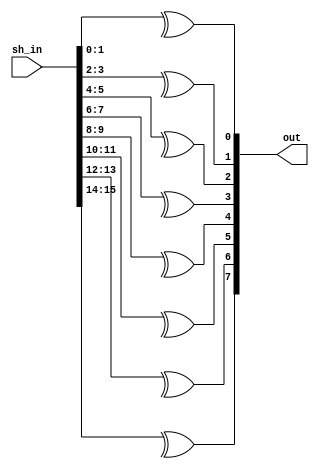
// SPDX-FileCopyrightText: SIMPLE-Crypto Contributors <info@simple-crypto.dev>
// SPDX-License-Identifier: CERN-OHL-P-2.0
// Copyright SIMPLE-Crypto Contributors.
// This source describes Open Hardware and is licensed under the CERN-OHL-P v2.
// You may redistribute and modify this source and make products using it under
// the terms of the CERN-OHL-P v2 (https://ohwr.org/cern_ohl_p_v2.txt).
// This source is distributed WITHOUT ANY EXPRESS OR IMPLIED WARRANTY, INCLUDING
// OF MERCHANTABILITY, SATISFACTORY QUALITY AND FITNESS FOR A PARTICULAR PURPOSE.
// Please see the CERN-OHL-P v2 for applicable conditions.
module recombine_unit
#
(
    parameter d = 2,
    parameter count = 8
)
(
    input [d*count-1:0] sh_in,
    output [count-1:0] out
);

genvar i;
generate
for(i=0;i<count;i=i+1) begin: rec_bit
    assign out[i] = ^sh_in[i*d +: d];
end
endgenerate


endmodule